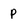
Character: P